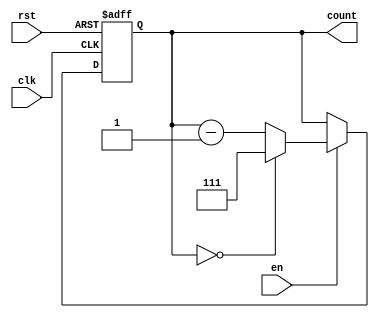
module down_counter (
    input wire clk,      // Clock input
    input wire rst,      // Asynchronous reset
    input wire en,       // Enable signal
    output reg [2:0] count // 3-bit output count
);

    // Maximum value for 3-bit counter
    parameter MAX_VALUE = 3'b111; // 7 in decimal

    // Sequential logic for down counting
    always @(posedge clk or posedge rst) begin
        if (rst) begin
            // Reset the counter to maximum value
            count <= MAX_VALUE;
        end else if (en) begin
            // Decrement the counter
            if (count == 3'b000) begin
                // Wrap around to maximum value
                count <= MAX_VALUE;
            end else begin
                count <= count - 1;
            end
        end
        // If 'en' is low, the counter retains its current value
    end

endmodule